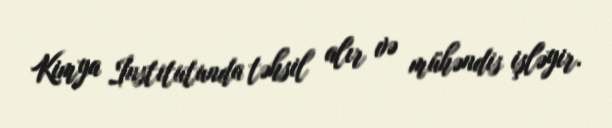
Kimya İnstitutunda təhsil alır və mühəndis işləyir.